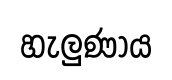
හැලුණාය